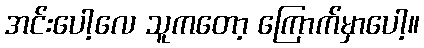
အင်းပေါ့လေ သူကတော့ ကြောက်မှာပေါ့။